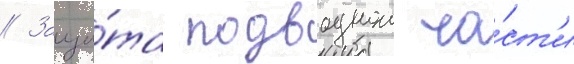
// Защи́та подводнои ча́ст'и